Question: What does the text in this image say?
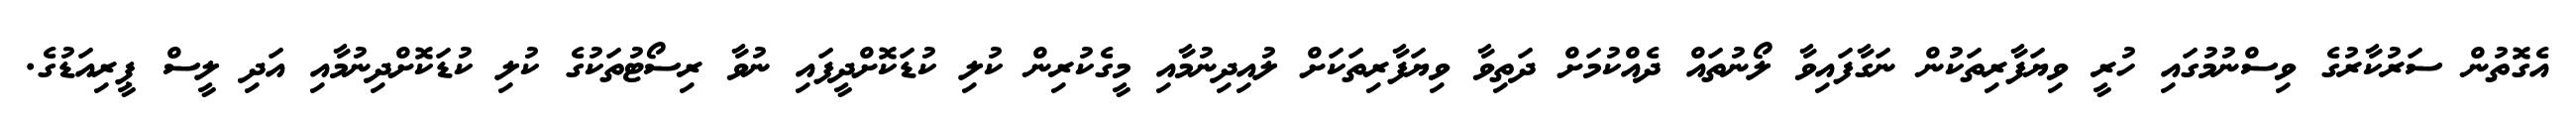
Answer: އެގޮތުން ސަރުކާރުގެ ވިސްނުމުގައި ހުރީ ވިޔަފާރިތަކުން ނަގާފައިވާ ލޯނުތައް ދެއްކުމަށް ދަތިވާ ވިޔަފާރިތަކަށް ލުއިދިނުމާއި މީގެކުރިން ކުލި ކުޑަކޮށްދީފައި ނުވާ ރިސޯޓުތަކުގެ ކުލި ކުޑަކޮށްދިނުމާއި އަދި ލީސް ޕީރިއަޑުގެ.